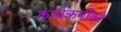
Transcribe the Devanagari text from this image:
कार्यक्रमोंको